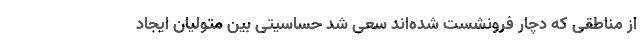
از مناطقی که دچار فرونشست شده‌اند سعی شد حساسیتی بین متولیان ایجاد